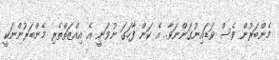
މެންބަރުން ވެސް ވަޑައިނުގަންނަވާ. އެ ކަން ފާހަގަ ނުވަނީ އެ އިއްޒަތްތެރި މެންބަރުންނަކީ